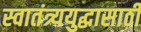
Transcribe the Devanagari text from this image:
स्वातंत्र्ययुद्धासाठी